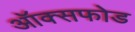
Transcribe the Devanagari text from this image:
ऑक्सफोड